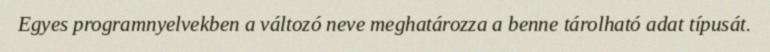
Egyes programnyelvekben a változó neve meghatározza a benne tárolható adat típusát.